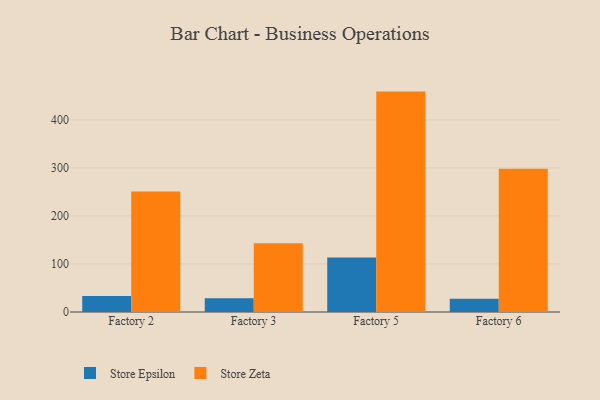
{"axis": {"x": "Factory", "y": "Temperature (°C)"}, "legend": ["Store Epsilon", "Store Zeta"], "data": [{"x": "Factory 2", "y": 33.4, "type": "Store Epsilon"}, {"x": "Factory 2", "y": 250.6, "type": "Store Zeta"}, {"x": "Factory 3", "y": 28.4, "type": "Store Epsilon"}, {"x": "Factory 3", "y": 142.9, "type": "Store Zeta"}, {"x": "Factory 5", "y": 113.5, "type": "Store Epsilon"}, {"x": "Factory 5", "y": 458.8, "type": "Store Zeta"}, {"x": "Factory 6", "y": 27.7, "type": "Store Epsilon"}, {"x": "Factory 6", "y": 298.4, "type": "Store Zeta"}]}